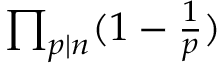
\textstyle \prod _ { p \mid n } ( 1 - { \frac { 1 } { p } } )